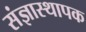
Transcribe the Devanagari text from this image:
संज्ञास्थापक